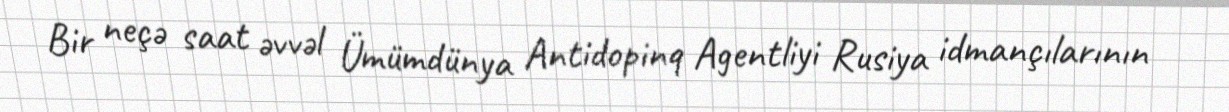
Bir neçə saat əvvəl Ümümdünya Antidopinq Agentliyi Rusiya idmançılarının